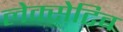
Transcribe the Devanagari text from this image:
लेक्सेटिव